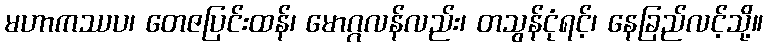
မဟာကဿပ၊ တေဇပြင်းထန်၊ မောဂ္ဂလန်လည်း၊ တသွန်ငုံရင့်၊ နေခြည်လင့်သို့။